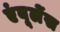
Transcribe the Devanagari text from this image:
एंबूलेंस